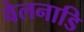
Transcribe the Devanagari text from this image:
वेलनाडि